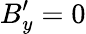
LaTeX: B_{y}^{\prime}=0